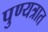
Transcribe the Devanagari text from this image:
पुण्यत्रात